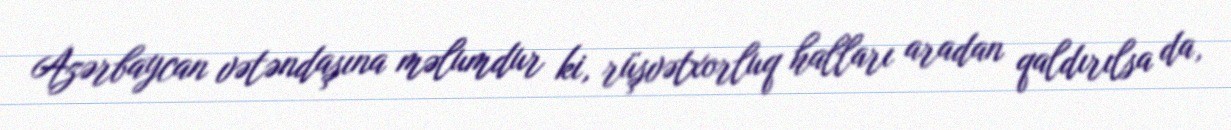
Azərbaycan vətəndaşına məlumdur ki, rüşvətxorluq halları aradan qaldırılsa da,